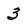
Character: 3